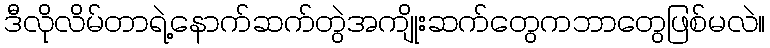
ဒီလိုလိမ်တာရဲ့နောက်ဆက်တွဲအကျိုးဆက်တွေကဘာတွေဖြစ်မလဲ။